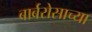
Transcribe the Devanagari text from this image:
बार्बरोसाच्या